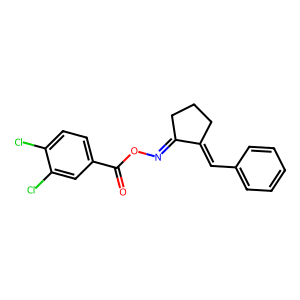
SMILES: O=C(ON=C1CCCC1=Cc1ccccc1)c1ccc(Cl)c(Cl)c1
Inhibits HIV replication: No